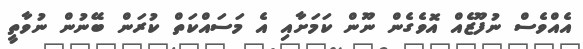
އެއްވެސް ނުފޫޒެއް އޮވެގެން ނޫން ކަމަށާއި އެ މަސައްކަތް ކުރަން ބޭނުން ނުވާތީ